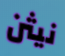
نيثن